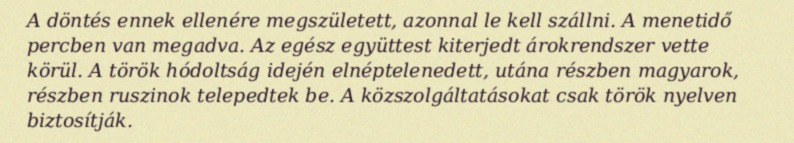
A döntés ennek ellenére megszületett, azonnal le kell szállni. A menetidő percben van megadva. Az egész együttest kiterjedt árokrendszer vette körül. A török hódoltság idején elnéptelenedett, utána részben magyarok, részben ruszinok telepedtek be. A közszolgáltatásokat csak török nyelven biztosítják.